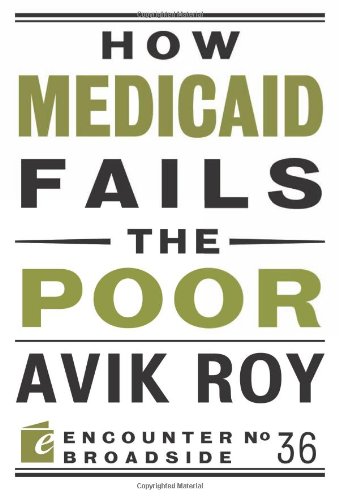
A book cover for How Medicaid Fails the Poor (Encounter Broadsides); Avik Roy; Medical Books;